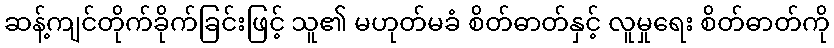
ဆန့်ကျင်တိုက်ခိုက်ခြင်းဖြင့် သူ၏ မဟုတ်မခံ စိတ်ဓာတ်နှင့် လူမှုရေး စိတ်ဓာတ်ကို